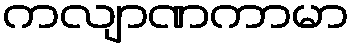
ကလျာဏကာမာ